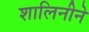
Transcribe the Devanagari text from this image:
शालिनीने